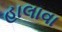
હાલાવા